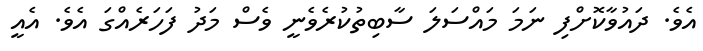
އެވެ. ދައުވާކޮށްފި ނަމަ މައްސަލަ ސާބިތުކުރެވެނީ ވެސް މަދު ފަހަރެއްގަ އެވެ. އެއީ